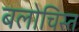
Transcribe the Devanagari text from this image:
बलोचिस्त